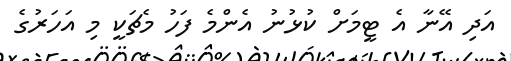
އަދި އޭނާ އެ ޓީމަށް ކުޅުނު އެންމެ ފަހު މެޗަކީ މި އަހަރުގެ